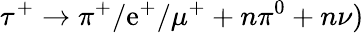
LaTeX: \tau^{+}\to\pi^{+}/\mathrm{e}^{+}/\mu^{+}+n\pi^{0}+n\nu)